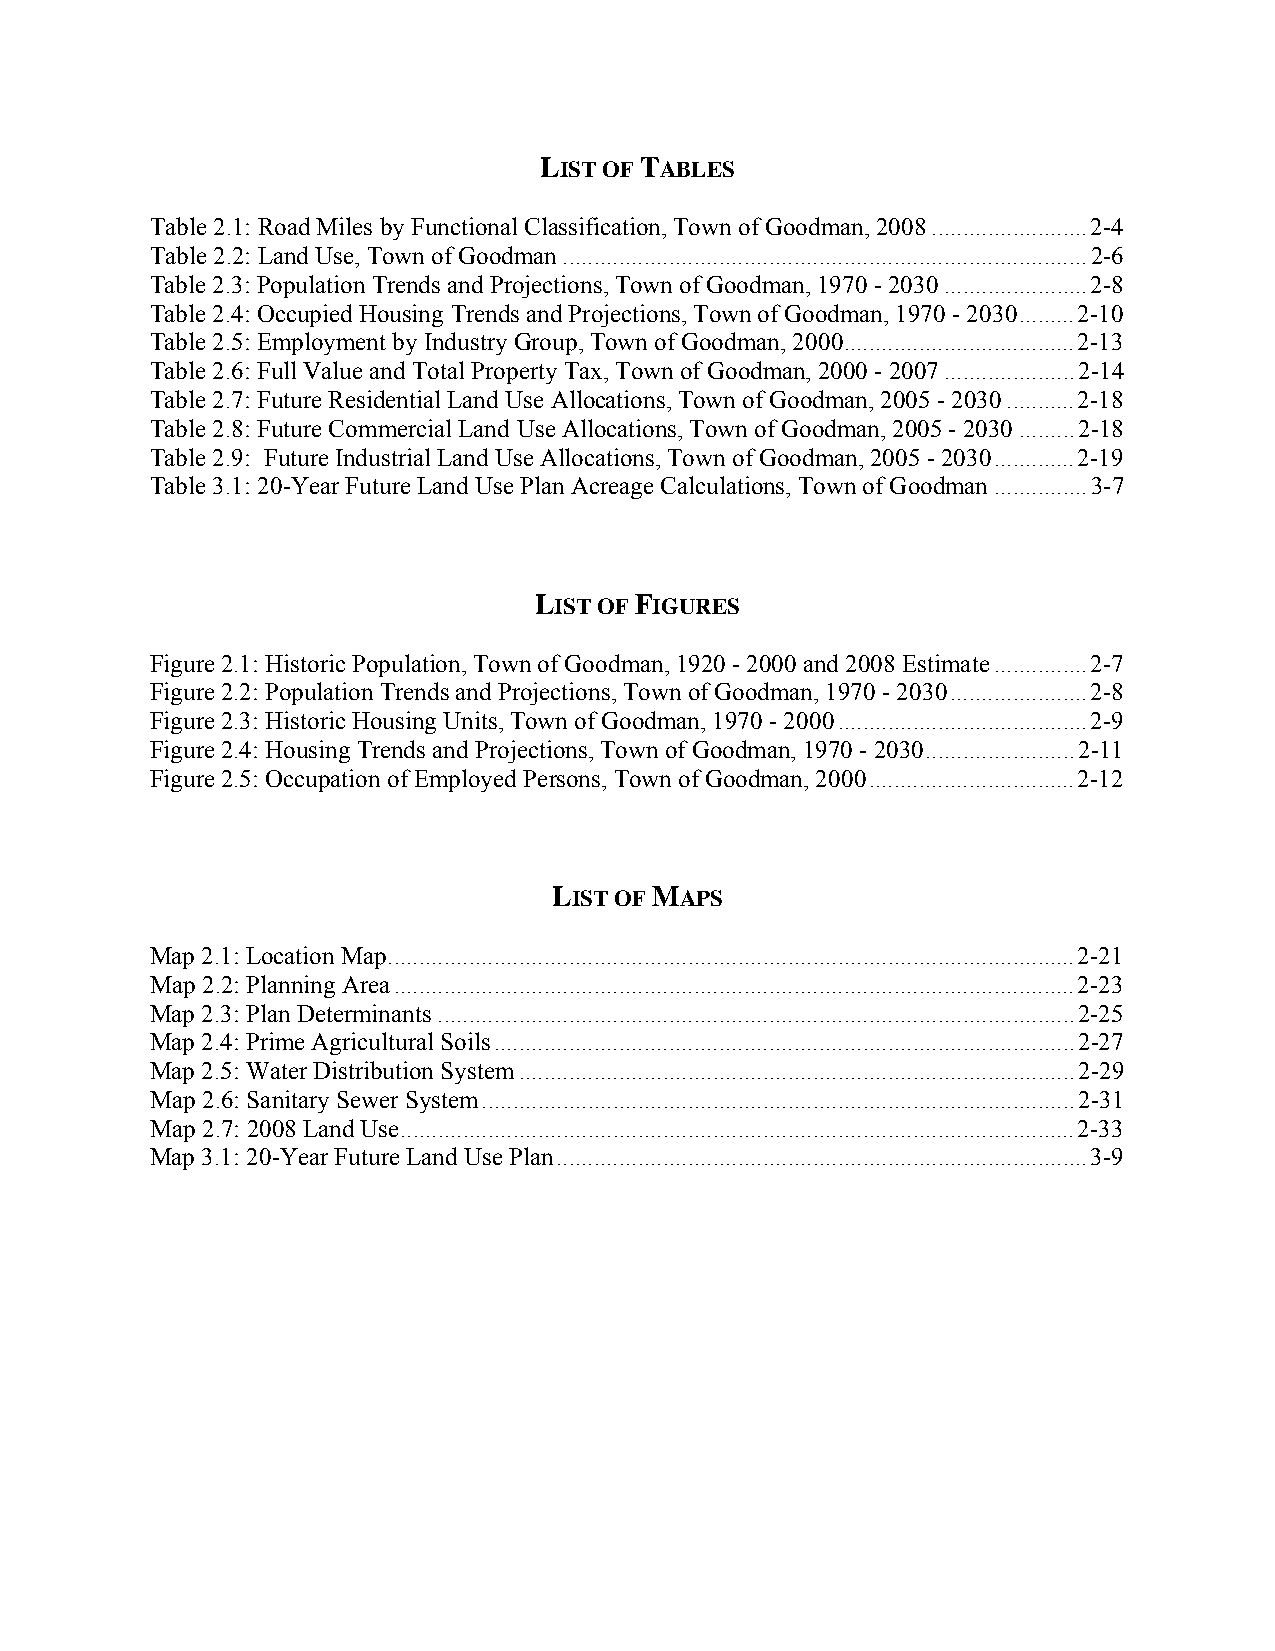
LIST OF TABLES
 Table 2.1: Road Miles by Functional Classification, Town of Goodman, 2008.........................2-4
 Table 2.2: Land Use, Town of Goodman....................................................................................2-6
 Table 2.3: Population Trends and Projections, Town of Goodman, 1970 - 2030.......................2-8
 Table 2.4: Occupied Housing Trends and Projections, Town of Goodman, 1970 - 2030.........2-10
 Table 2.5: Employment by Industry Group, Town of Goodman, 2000.....................................2-13
 Table 2.6: Full Value and Total Property Tax, Town of Goodman, 2000 - 2007.....................2-14
 Table 2.7: Future Residential Land Use Allocations, Town of Goodman, 2005 - 2030...........2-18
 Table 2.8: Future Commercial Land Use Allocations, Town of Goodman, 2005 - 2030.........2-18
 Table 2.9: Future Industrial Land Use Allocations, Town of Goodman, 2005 - 2030.............2-19
 Table 3.1: 20-Year Future Land Use Plan Acreage Calculations, Town of Goodman...............3-7
 LIST OF FIGURES
 Figure 2.1: Historic Population, Town of Goodman, 1920 - 2000 and 2008 Estimate...............2-7
 Figure 2.2: Population Trends and Projections, Town of Goodman, 1970 - 2030......................2-8
 Figure 2.3: Historic Housing Units, Town of Goodman, 1970 - 2000........................................2-9
 Figure 2.4: Housing Trends and Projections, Town of Goodman, 1970 - 2030........................2-11
 Figure 2.5: Occupation of Employed Persons, Town of Goodman, 2000.................................2-12
 LIST OF MAPS
 Map 2.1: Location Map..............................................................................................................2-21
 Map 2.2: Planning Area.............................................................................................................2-23
 Map 2.3: Plan Determinants......................................................................................................2-25
 Map 2.4: Prime Agricultural Soils.............................................................................................2-27
 Map 2.5: Water Distribution System.........................................................................................2-29
 Map 2.6: Sanitary Sewer System...............................................................................................2-31
 Map 2.7: 2008 Land Use............................................................................................................2-33
 Map 3.1: 20-Year Future Land Use Plan.....................................................................................3-9